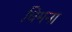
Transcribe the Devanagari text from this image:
चिमना